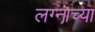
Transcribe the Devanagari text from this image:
लग्ना़च्या